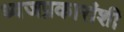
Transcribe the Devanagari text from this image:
ध्वजप्रकारांशी